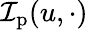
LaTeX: \mathcal{I}_{\mathrm{{p}}}(u,\cdot)